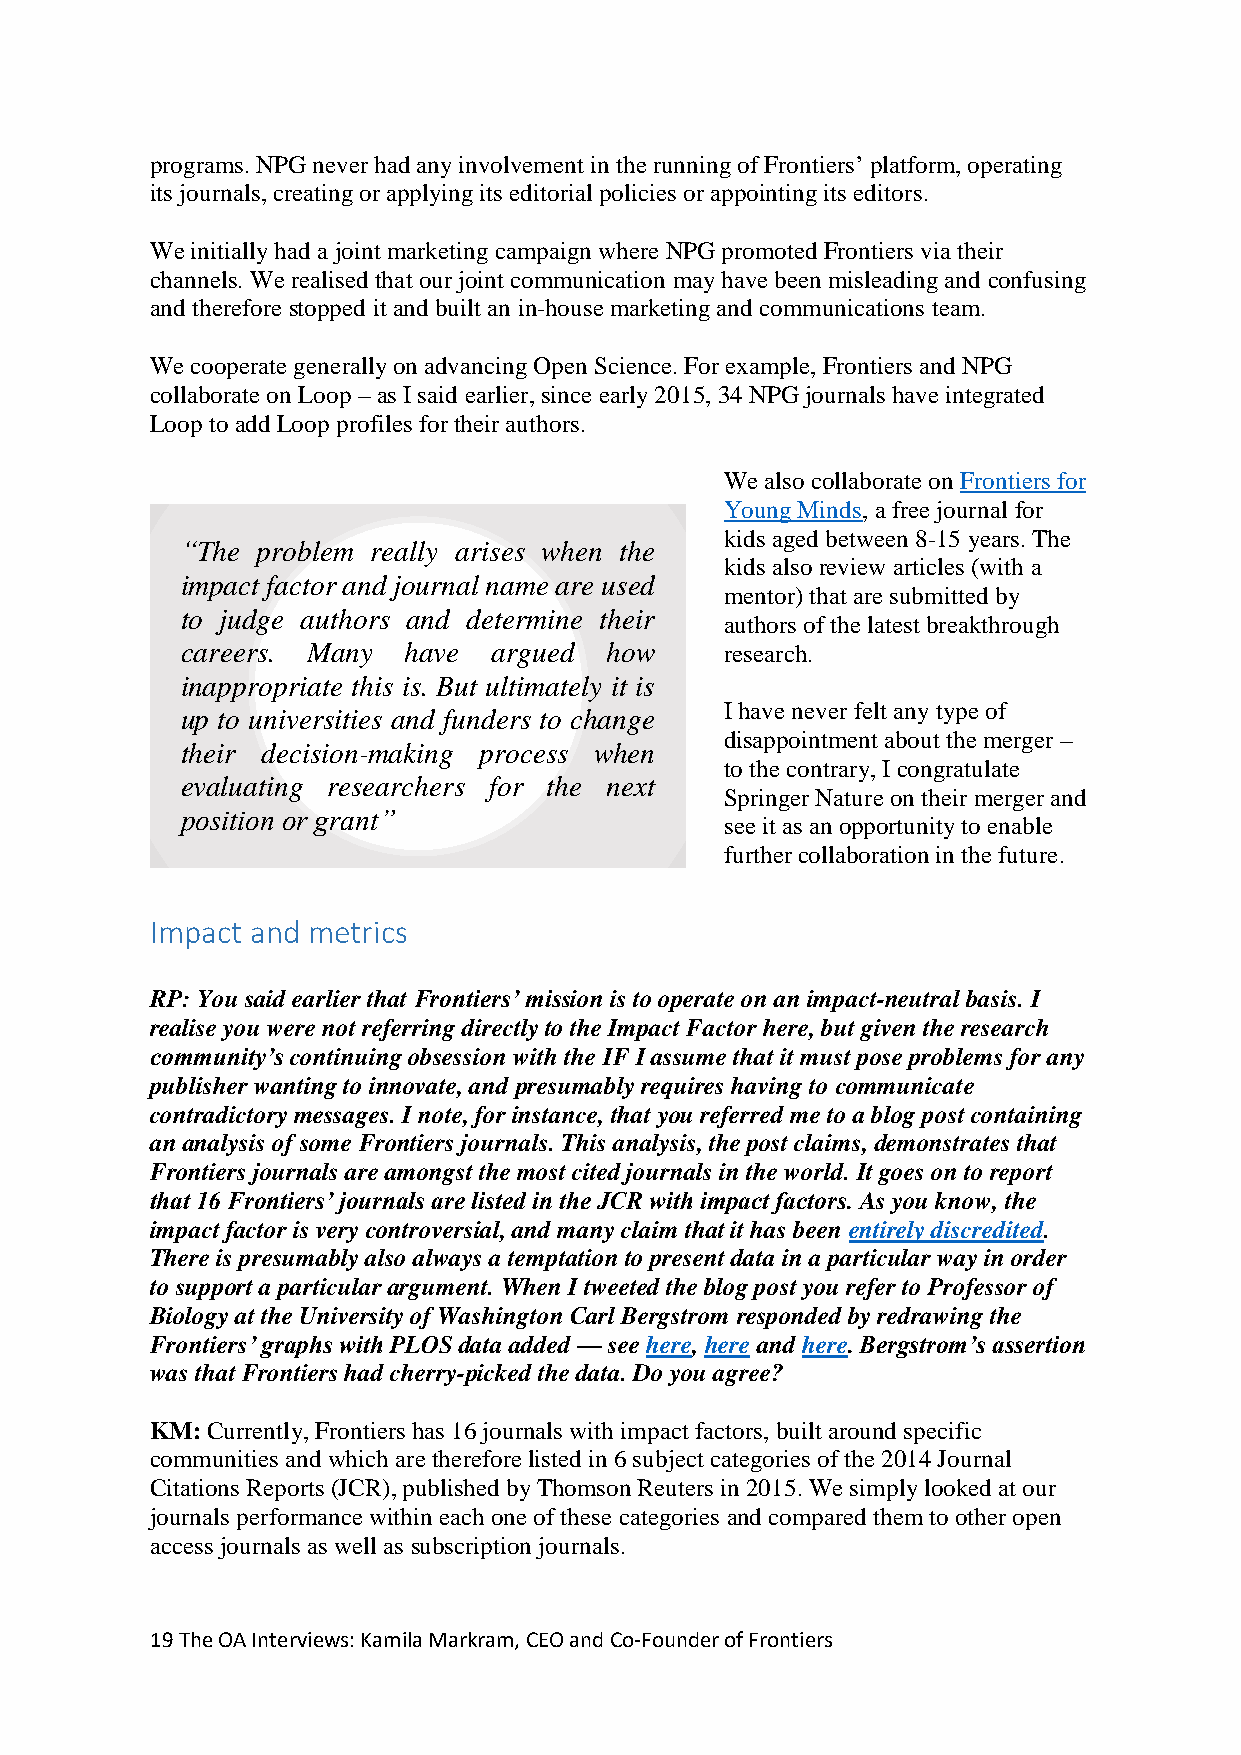
programs. NPG never had any involvement in the running of Frontiers’ platform, operating
 its journals, creating or applying its editorial policies or appointing its editors.
 We initially had a joint marketing campaign where NPG promoted Frontiers via their
 channels. We realised that our joint communication may have been misleading and confusing
 and therefore stopped it and built an in-house marketing and communications team.
 We cooperate generally on advancing Open Science. For example, Frontiers and NPG
 collaborate on Loop – as I said earlier, since early 2015, 34 NPG journals have integrated
 Loop to add Loop profiles for their authors.
 We also collaborate on Frontiers for
 Young Minds, a free journal for
 kids aged between 8-15 years. The
 “The problem really arises when the
 kids also review articles (with a
 impact factor and journal name are used
 mentor) that are submitted by
 to judge authors and determine their
 authors of the latest breakthrough
 careers. Many  have  argued how     research.
 inappropriate this is. But ultimately it is
 I have never felt any type of
 up to universities and funders to change
 disappointment about the merger –
 their decision-making process when
 to the contrary, I congratulate
 evaluating researchers for the next
 Springer Nature on their merger and
 position or grant”
 see it as an opportunity to enable
 further collaboration in the future.
 Impact and metrics
 RP: You said earlier that Frontiers’ mission is to operate on an impact-neutral basis. I
 realise you were not referring directly to the Impact Factor here, but given the research
 community’s continuing obsession with the IF I assume that it must pose problems for any
 publisher wanting to innovate, and presumably requires having to communicate
 contradictory messages. I note, for instance, that you referred me to a blog post containing
 an analysis of some Frontiers journals. This analysis, the post claims, demonstrates that
 Frontiers journals are amongst the most cited journals in the world. It goes on to report
 that 16 Frontiers’ journals are listed in the JCR with impact factors. As you know, the
 impact factor is very controversial, and many claim that it has been entirely discredited.
 There is presumably also always a temptation to present data in a particular way in order
 to support a particular argument. When I tweeted the blog post you refer to Professor of
 Biology at the University of Washington Carl Bergstrom responded by redrawing the
 Frontiers’ graphs with PLOS data added — see here, here and here. Bergstrom’s assertion
 was that Frontiers had cherry-picked the data. Do you agree?
 KM: Currently, Frontiers has 16 journals with impact factors, built around specific
 communities and which are therefore listed in 6 subject categories of the 2014 Journal
 Citations Reports (JCR), published by Thomson Reuters in 2015. We simply looked at our
 journals performance within each one of these categories and compared them to other open
 access journals as well as subscription journals.
 19 The OA Interviews: Kamila Markram, CEO and Co-Founder of Frontiers